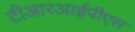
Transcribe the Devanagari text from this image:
टीआरआईपीएस